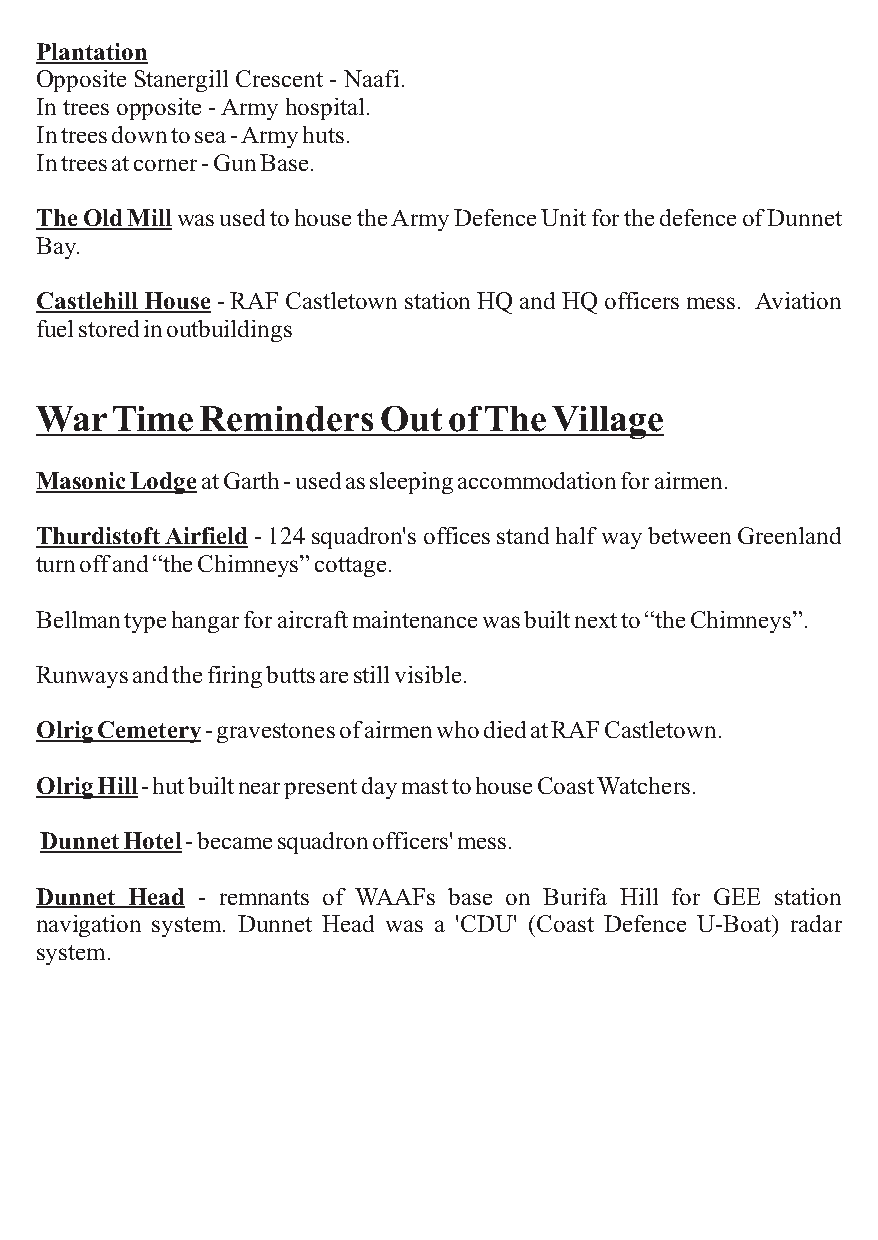
Plantation
 OppositeStanergillCrescent-Naafi.
 Intreesopposite-Armyhospital.
 Intreesdowntosea-Armyhuts.
 Intreesatcorner-GunBase.
 TheOldMillwasusedtohousetheArmyDefenceUnitforthedefenceofDunnet
 Bay.
 CastlehillHouse-RAFCastletownstationHQandHQofficersmess. Aviation
 fuelstoredinoutbuildings
 WarTimeRemindersOutofTheVillage
 MasonicLodgeatGarth-usedassleepingaccommodationforairmen.
 ThurdistoftAirfield-124squadron'sofficesstandhalfwaybetweenGreenland
 turnoffand“theChimneys”cottage.
 Bellmantypehangarforaircraftmaintenancewasbuiltnextto“theChimneys”.
 Runwaysandthefiringbuttsarestillvisible.
 OlrigCemetery-gravestonesofairmenwhodiedatRAFCastletown.
 OlrigHill-hutbuiltnearpresentdaymasttohouseCoastWatchers.
 DunnetHotel-becamesquadronofficers'mess.
 Dunnet Head - remnants of WAAFs base on Burifa Hill for GEE station
 navigation system. Dunnet Head was a 'CDU' (Coast Defence U-Boat) radar
 system.